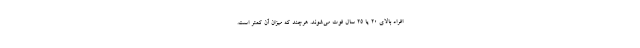
افراد بالای ۲۰ یا ۲۵ سال فوت می‌شوند. هرچند که میزان آن کمتر است.